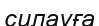
силауға